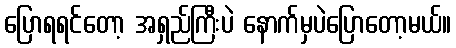
ပြောရရင်တော့ အရှည်ကြီးပဲ နောက်မှပဲပြောတော့မယ်။